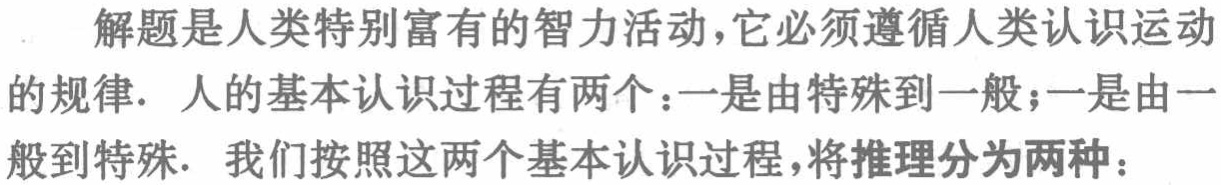
解题是人类特别富有的智力活动，它必须遵循人类认识运动的规律. 人的基本认识过程有两个：一是由特殊到一般；一是由一般到特殊. 我们按照这两个基本认识过程，将推理分为两种：